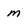
Character: m